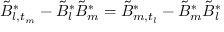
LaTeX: \tilde { B } _ { l , t _ { m } } ^ { * } - \tilde { B } _ { l } ^ { * } \tilde { B } _ { m } ^ { * } = \tilde { B } _ { m , t _ { l } } ^ { * } - \tilde { B } _ { m } ^ { * } \tilde { B } _ { l } ^ { * }